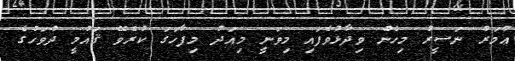
ޢުމަރު ނަސީރު މިހެން ވިދާޅުވެފައި މިވަނީ މިއަދު މިފާހަގަ ކުރެވޭ ޤައުމީ ދުވަހުގެ